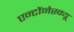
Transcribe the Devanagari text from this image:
एन्टोंनेस्क्यू